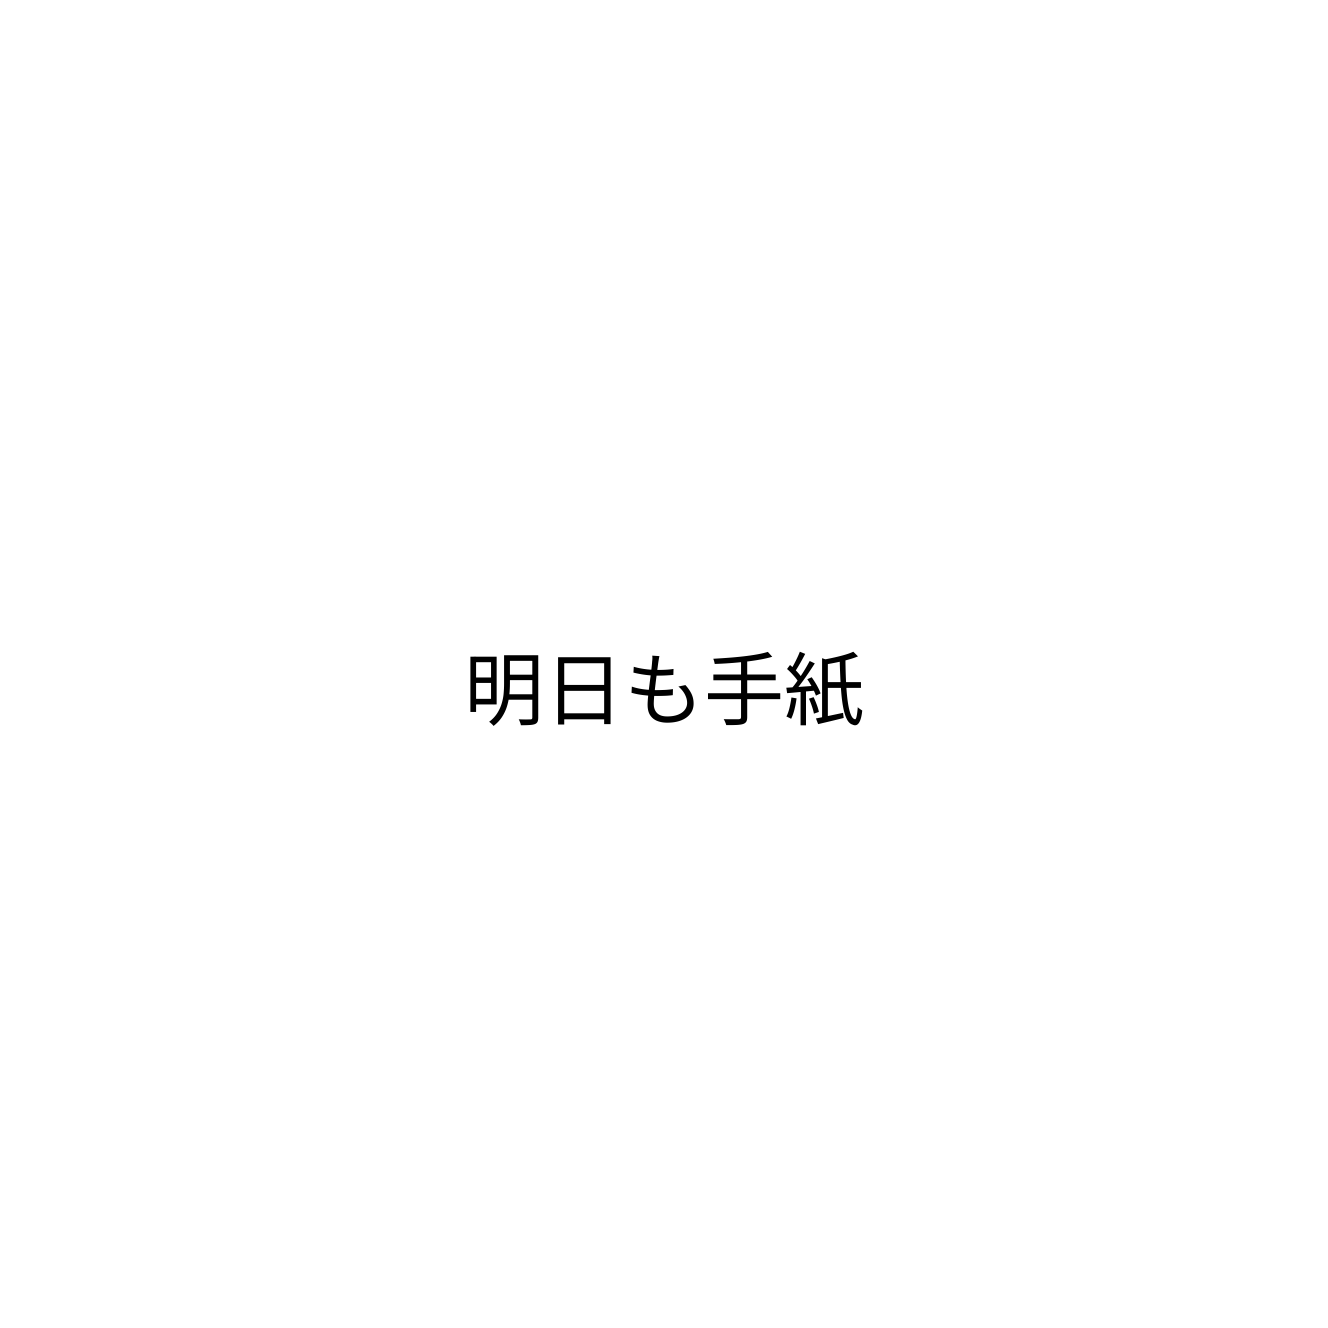
明日も手紙